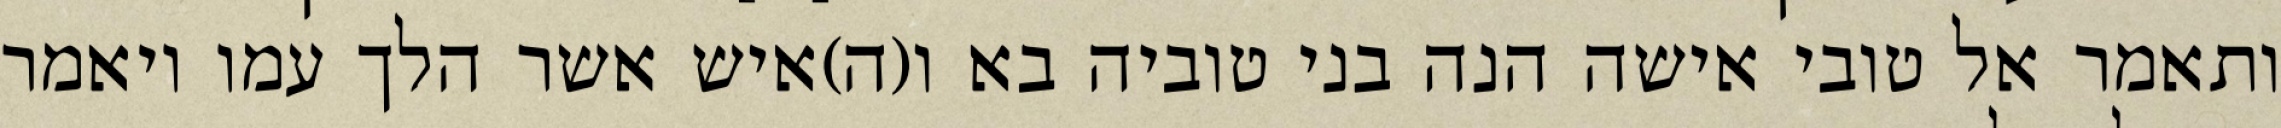
ותאמר אל טובי אישה הנה בני טוביה בא ו(ה)איש אשר הלך עמו ויאמר